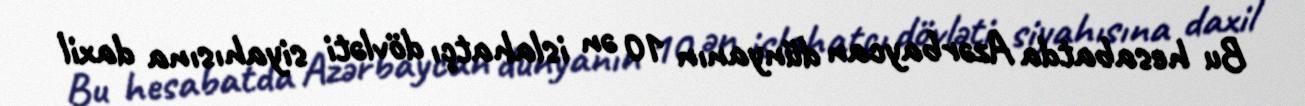
Bu hesabatda Azərbaycan dünyanın 10 ən islahatçı dövləti siyahısına daxil